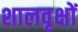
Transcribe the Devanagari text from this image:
शालवृक्षों